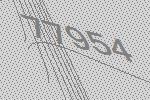
77954